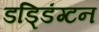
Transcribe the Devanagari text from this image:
डड्डिंग्टन